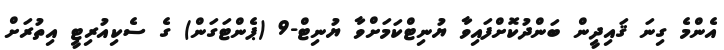
އެންމެ ގިނަ ޤައިދީން ބަންދުކޮށްފައިވާ ޔުނިޓްކަމަށްވާ ޔުނިޓް-9 (ޕެންޓަގަން) ގެ ސެކިއުރިޓީ އިތުރަށް